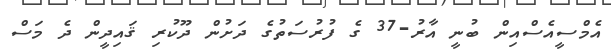
އެމްސީއެސްއިން ބުނީ އާރު-37 ގެ ފުރުސަތުގެ ދަށުން ދޫކުރި ޤައިދީން ދެ މަސް